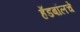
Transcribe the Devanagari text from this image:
हँडबॉलचे